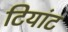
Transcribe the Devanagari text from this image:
टियांट